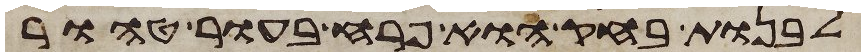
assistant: לבנות בחק הוא פרח בעור טהור